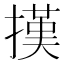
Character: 𢴁